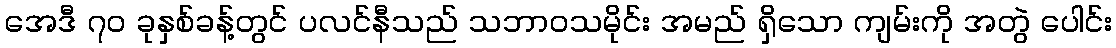
အေဒီ ၇၀ ခုနှစ်ခန့်တွင် ပလင်နီသည် သဘာဝသမိုင်း အမည် ရှိသော ကျမ်းကို အတွဲ ပေါင်း